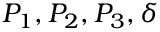
P _ { 1 } , P _ { 2 } , P _ { 3 } , \delta